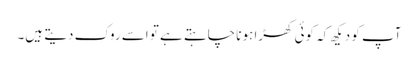
آپ کو دیکھ کہ کوئی کھڑا ہونا چاہتے ہے تو اسے روک دیتے ہیں۔